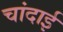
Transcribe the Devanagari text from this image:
चांदाई